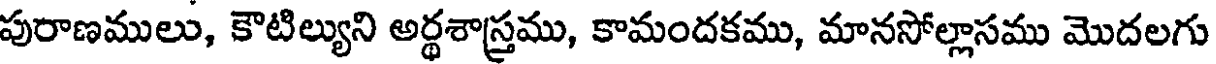
పురాణములు, కౌటిల్యుని అర్థశాస్త్రము, కామందకము, మానసోల్లాసము మొదలగు